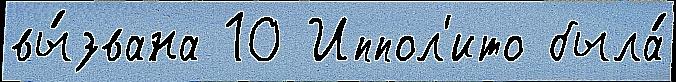
вы́звана 10 Иппол'ито была́